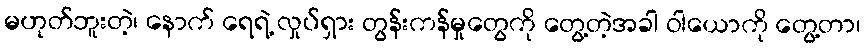
မဟုတ်ဘူးတဲ့၊ နောက် ရေရဲ့ လှုပ်ရှား တွန်းကန်မှုတွေကို တွေ့တဲ့အခါ ဝါယောကို တွေ့တာ၊